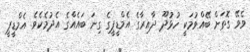
ވެވޭ ގޮތަށް ބޭއްވުމަކީ ހުޅުދޫ ދާއިރާގެ އެމްޑީޕީގެ ގިނަ ބައެއްގެ އެދުމެކެވެ. އެމްޑީޕީ